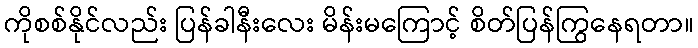
ကိုစစ်နိုင်လည်း ပြန်ခါနီးလေး မိန်းမကြောင့် စိတ်ပြန်ကြွနေရတာ။